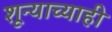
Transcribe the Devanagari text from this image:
शून्याच्याही